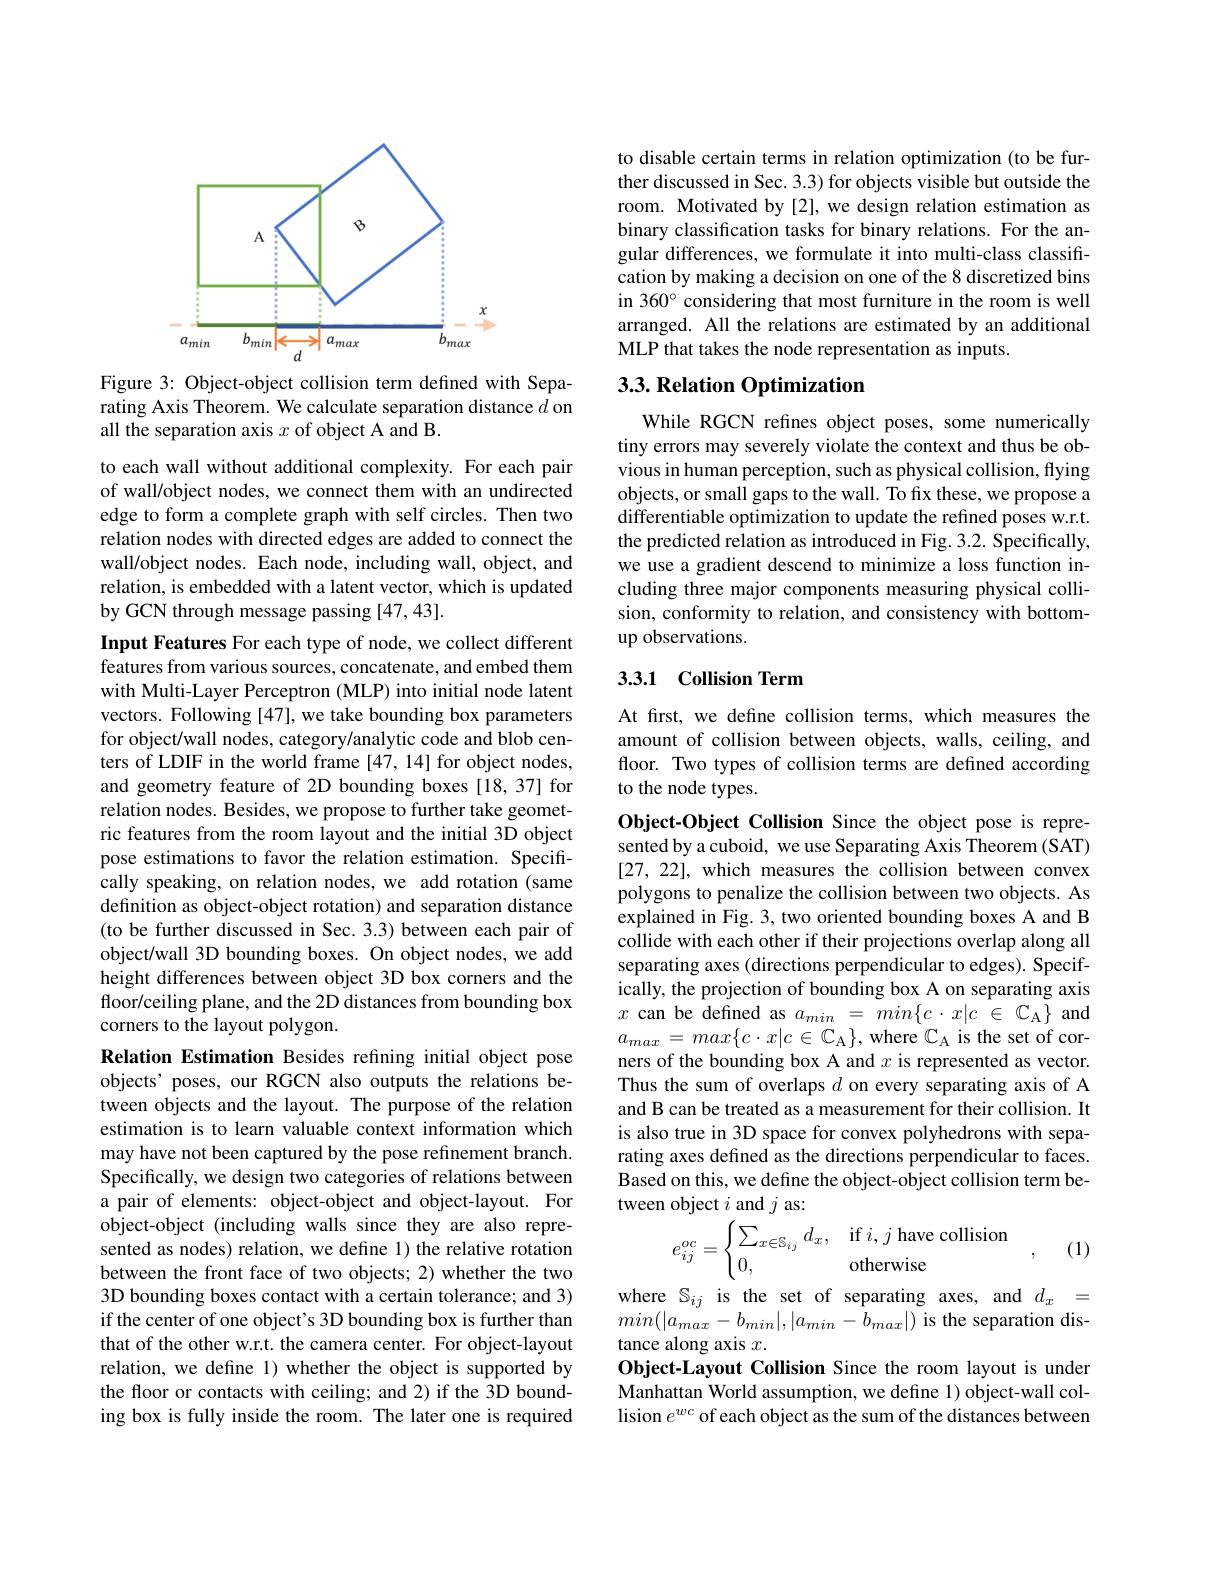
<FigureHere>

Figure 3: Object-object collision term defined with Separating Axis Theorem. We calculate separation distance $d$ on all the separation axis $x$ of object A and B.

to each wall without additional complexity. For each pair of wall/object nodes, we connect them with an undirected edge to form a complete graph with self circles. Then two relation nodes with directed edges are added to connect the wall/object nodes. Each node, including wall, object, and relation, is embedded with a latent vector, which is updated by GCN through message passing [47,43].

Input Features For each type of node, we collect different features from various sources, concatenate, and embed them with Multi-Layer Perceptron (MLP) into initial node latent vectors. Following [47], we take bounding box parameters for object/wall nodes, category/analytic code and blob centers of LDIF in the world frame [47,14] for object nodes, and geometry feature of 2D bounding boxes [18,37] for relation nodes. Besides, we propose to further take geometric features from the room layout and the initial 3D object pose estimations to favor the relation estimation. Specifically speaking, on relation nodes, we add rotation (same definition as object-object rotation) and separation distance (to be further discussed in Sec. 3.3) between each pair of object/wall 3D bounding boxes. On object nodes, we add height differences between object 3D box corners and the floor/ceiling plane, and the 2D distances from bounding box corners to the layout polygon.
Relation Estimation Besides refining initial object pose objects' poses, our RGCN also outputs the relations between objects and the layout. The purpose of the relation estimation is to learn valuable context information which may have not been captured by the pose refinement branch. Specifically, we design two categories of relations between a pair of elements: object-object and object-layout. For object-object (including walls since they are also represented as nodes) relation, we define 1) the relative rotation between the front face of two objects; 2) whether the two 3D bounding boxes contact with a certain tolerance; and 3) if the center of one object's 3D bounding box is further than that of the other w.r.t. the camera center. For object-layout relation, we define 1) whether the object is supported by the floor or contacts with ceiling; and 2) if the 3D bounding box is fully inside the room. The later one is required

to disable certain terms in relation optimization (to be further discussed in Sec. 3.3) for objects visible but outside the room. Motivated by [2], we design relation estimation as binary classification tasks for binary relations. For the angular differences, we formulate it into multi-class classification by making a decision on one of the 8 discretized bins in 360° considering that most furniture in the room is well arranged. All the relations are estimated by an additional MLP that takes the node representation as inputs.

## 3.3. Relation Optimization

While RGCN refnes object poses, some numerically tiny errors may severely violate the context and thus be obvious in human perception, such as physical collision, flying objects, or small gaps to the wall. To fix these, we propose a differentiable optimization to update the refined poses w.r.t. the predicted relation as introduced in Fig. 3.2. Specifically, we use a gradient descend to minimize a loss function including three major components measuring physical collision, conformity to relation, and consistency with bottomup observations.

## 3.3.1 Collision Term

At first, we define collision terms, which measures the amount of collision between objects, walls, ceiling, and floor. Two types of collision terms are defined according to the node types.

Object-Object Collision Since the object pose is represented by a cuboid, we use Separating Axis Theorem (SAT) [27, 22], which measures the collision between convex polygons to penalize the collision between two objects. As explained in Fig. 3, two oriented bounding boxes A and B collide with each other if their projections overlap along all separating axes (directions perpendicular to edges). Specifically, the projection of bounding box A on separating axis $x$ can be defined as $a_min=min\{c\cdot x|c\in\mathbb{C}_{\mathrm{A}}\}$ and $a_{max}=max\{c\cdot x|c\in\mathbb{C}_{\mathrm{A}}\}$,where $\mathbb{C}_\mathrm{A}$ is the set of corners of the bounding box A and $x$ is represented as vector. Thus the sum of overlaps $d$ on every separating axis of A and B can be treated as a measurement for their collision. It is also true in 3D space for convex polyhedrons with separating axes defined as the directions perpendicular to faces. Based on this, we define the object-object collision term between object $i$ and $j$ as:
$$e_{ij}^{oc}=\begin{cases}\sum_{x\in\mathbb{S}_{ij}}d_x,&\text{if}i,j\text{have collision}\\0,&\text{otherwise}\end{cases},$$
(1)

where $\mathbb{S}_{ij}$ is the set of separating axes, and $d_x=$ $min(|a_{max}-b_{min}|,|a_{min}-b_{max}|)$ is the separation distance along axis $x.$
Object-Layout Collision Since the room layout is under Manhattan World assumption, we define 1) object-wall collision $e^wc$ of each object as the sum of the distances between